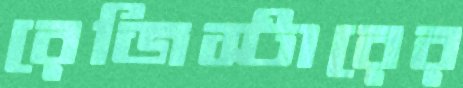
রেজিস্টারের